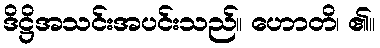
ဒိဋ္ဌိအသင်းအပင်းသည်။ ဟောတိ၊ ၏။